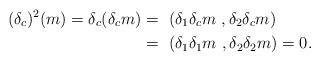
LaTeX: \begin{align*}(\delta_c)^2 (m) = \delta_c ( \delta_c m ) =~& (\delta_1 \delta_c m~,\delta_2 \delta_c m ) \\=~& ( \delta_1 \delta_1 m~, \delta_2 \delta_2 m) = 0.\end{align*}